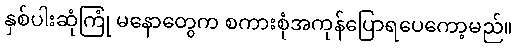
နှစ်ပါးဆုံကြုံ မနောတွေက စကားစုံအကုန်ပြောရပေကော့မည်။